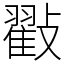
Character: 㪬